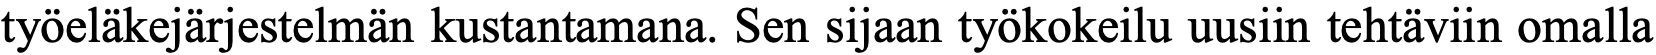
työeläkejärjestelmän kustantamana. Sen sijaan työkokeilu uusiin tehtäviin omalla